Civil Veterinary Department. Madras. Admin. report 1910-25 - 1910-1925
Year: 1910
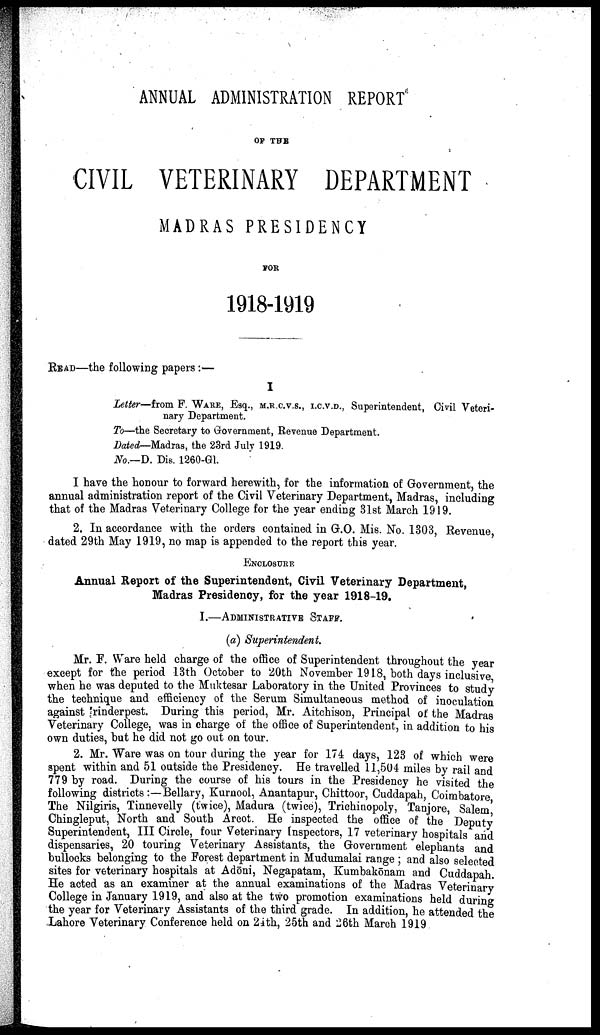
ANNUAL ADMINISTRATION REPORT
OF THE
CIVIL VETERINARY DEPARTMENT
MADRAS PRESIDENCY
FOR
1918-1919
READ—the following papers:—
I
Letter—from F. WARE, Esq., M.R.C.V.S., I.C.V.D., Superintendent, Civil Veteri
nary Department.
To—the Secretary to Government, Revenue Department.
Dated—Madras, the 23rd July 1919.
No.—D. Dis. 12060-61.
I have the honour to forward herewith, for the information of Government, the
annual administration report of the Civil Veterinary Department, Madras, including
that of the Madras Veterinary College for the year ending 31st March 1919.
2. In accordance with the orders contained in G.O. Mis. No. 1303, Revenue,
dated 29th May 1919, no map is appended to the report this year.
ENCLOSURE
Annual Report of the Superintendent, Civil Veterinary Department,
Madras Presidency, for the year 1918-19.
I.—ADMINISTRATIVE STAFF.
(a) Superintendent.
Mr. F. Ware held charge of the office of Superintendent throughout the year
except for the period 13th October to 20th November 1918, both days inclusive
when he was deputed to the Muktesar Laboratory in the United Provinces to study
the technique and efficiency of the Serum Simultaneous method of inoculation
against rinderpest. During this period, Mr. Aitchison, Principal of the Madras
Veterinary College, was in charge of the office of Superintendent, in addition to his
own duties, but he did not go out on tour.
2. Mr. Ware was on tour during the year for 174 days, 123 of which were
spent within and 51 outside the Presidency. He travelled 11,504 miles by rail and
779 by road. During the course of his tours in the Presidency he visited the
following districts:—Bellary, Kurnool, Anantapur, Chittoor, Cuddapah, Coimbatore
The Nilgiris, Tinnevelly (twice), Madura (twice), Trichinopoly, Tanjore, Salem,
Chingleput, North and South Arcot. He inspected the office of the Deputy
Superintendent, III Circle, four Veterinary Inspectors, 17 veterinary hospitals and
dispensaries, 20 touring Veterinary Assistants, the Government elephants and
bullocks belonging to the Forest department in Mudumalai range; and also selected
sites for veterinary hospitals at Adōni, Negapatam, Kumbakōnam and Cuddapah.
He acted as an examiner at the annual examinations of the Madras Veterinary
College in January 1919, and also at the two promotion examinations held during
the year for Veterinary Assistants of the third grade. In addition, he attended the
Lahore Veterinary Conference held on 24th, 25th and 26th March 1919